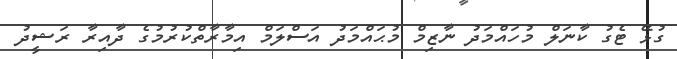
ގުޅޭ ޓެގު ކާނަލް މުހައްމަދު ނާޒިމް މުޙައްމަދު އަސްލަމް އިމާރާތްކުރުމުގެ ދާއިރާ ރަޝީދު